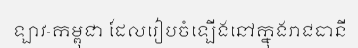
ឡាវ-កម្ពុជា ដែលរៀបចំឡើងនៅក្នុងរាជធានី